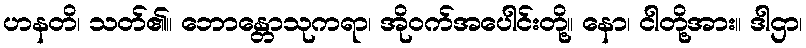
ဟနတိ၊ သတ်၏။ ဘောန္တောသုကရာ၊ အိုဝက်အပေါင်းတို့။ နော၊ ငါတို့အား။ ဒါဌာ၊